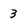
Character: 3